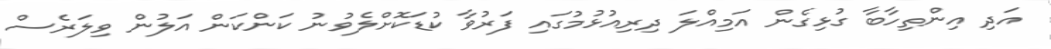
އަދި އިންތިހާބާ ގުޅިގެން އަމިއްލަ ދިރިއުޅުމުގައި ފަރުވާ ކުޑަކޮށްލެވުނު ކަންކަން އަލުން ވިލަރެސް